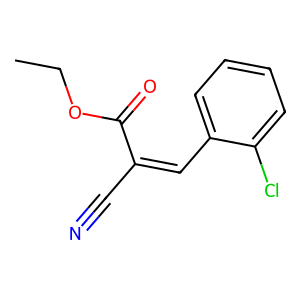
SMILES: CCOC(=O)C(C#N)=Cc1ccccc1Cl
Inhibits HIV replication: No